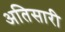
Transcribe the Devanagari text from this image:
अतिसारी